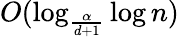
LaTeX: O(\log_{\frac{\alpha}{d+1}}\log n)